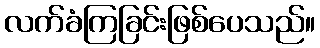
လက်ခံကြခြင်းဖြစ်ပေသည်။